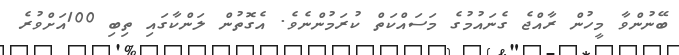
ބޭނުންވާ މީހުން ރާއްޖެ ގެނައުމުގެ މަސައްކަތް ކުރަމުންނެވެ. އެގޮތުން ލަންކާގައި ތިބި 100އަށްވުރެ